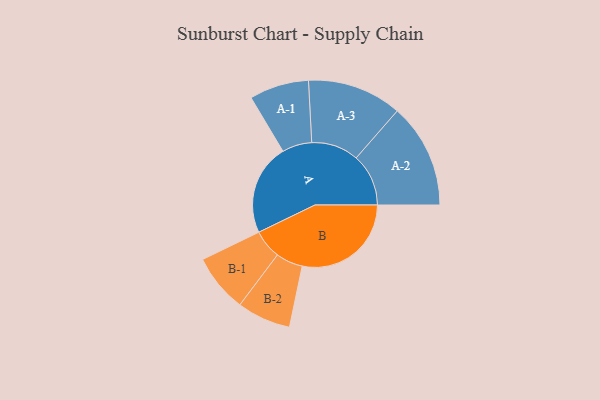
{"axis": {"x": "Segment", "y": "Value"}, "legend": ["", "A", "B"], "data": [{"x": "A", "y": 416, "type": ""}, {"x": "B", "y": 498, "type": ""}, {"x": "A-1", "y": 136, "type": "A"}, {"x": "A-2", "y": 239, "type": "A"}, {"x": "A-3", "y": 216, "type": "A"}, {"x": "B-1", "y": 133, "type": "B"}, {"x": "B-2", "y": 123, "type": "B"}]}